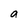
Character: a